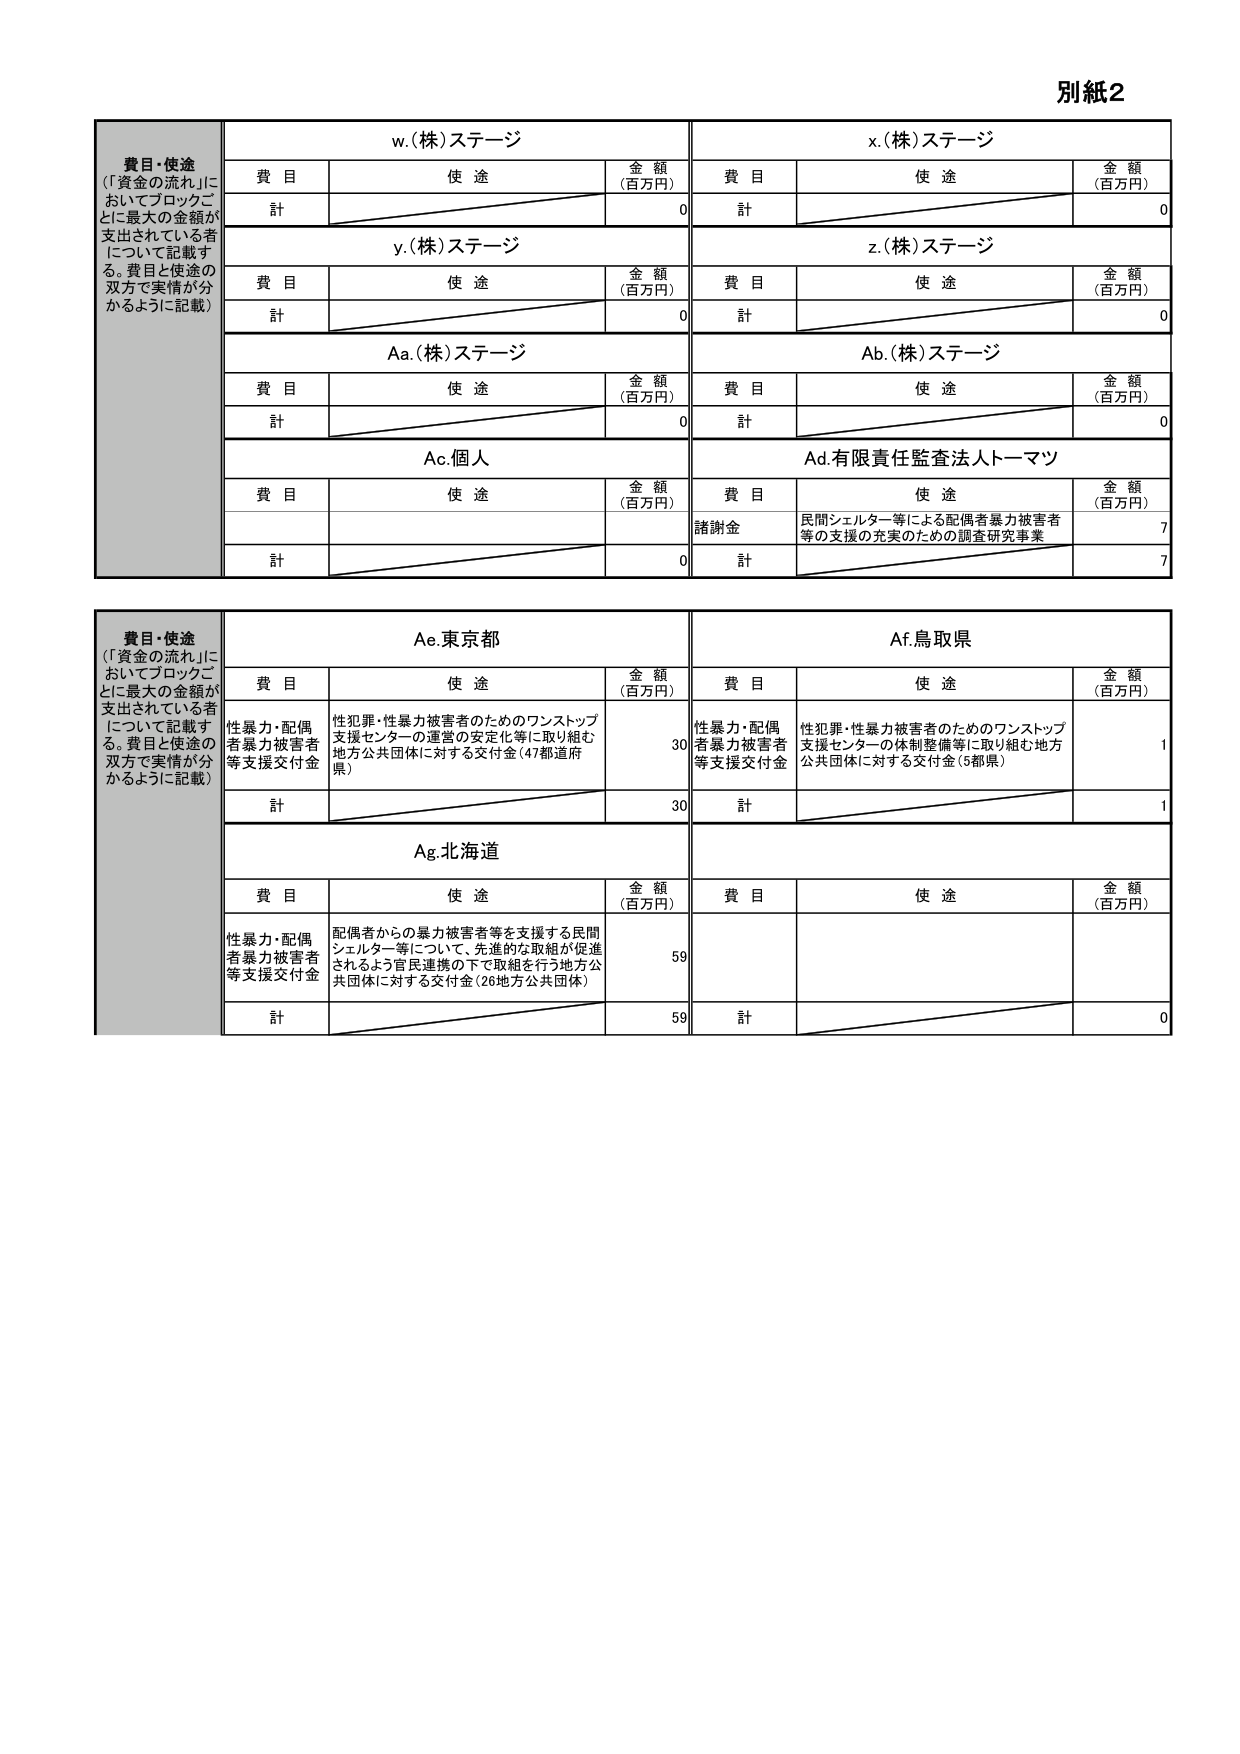
別紙2

費目・使途
（「資金の流れ」においてブロックごとに最大の金額が支出されている者について記載する。費目と使途の双方で実情が分かるように記載）

w.(株)ステージ
費目　使途　金額（百万円）
計